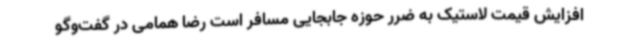
افزایش قیمت لاستیک به ضرر حوزه جابجایی مسافر است رضا همامی در گفت‌وگو